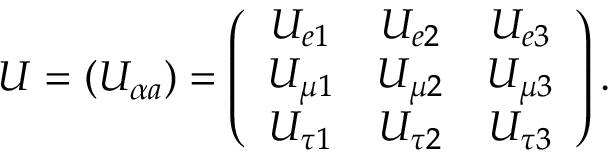
U = ( U _ { \alpha a } ) = \left( \begin{array} { c c c } { { U _ { e 1 } } } & { { U _ { e 2 } } } & { { U _ { e 3 } } } \\ { { U _ { \mu 1 } } } & { { U _ { \mu 2 } } } & { { U _ { \mu 3 } } } \\ { { U _ { \tau 1 } } } & { { U _ { \tau 2 } } } & { { U _ { \tau 3 } } } \end{array} \right) .